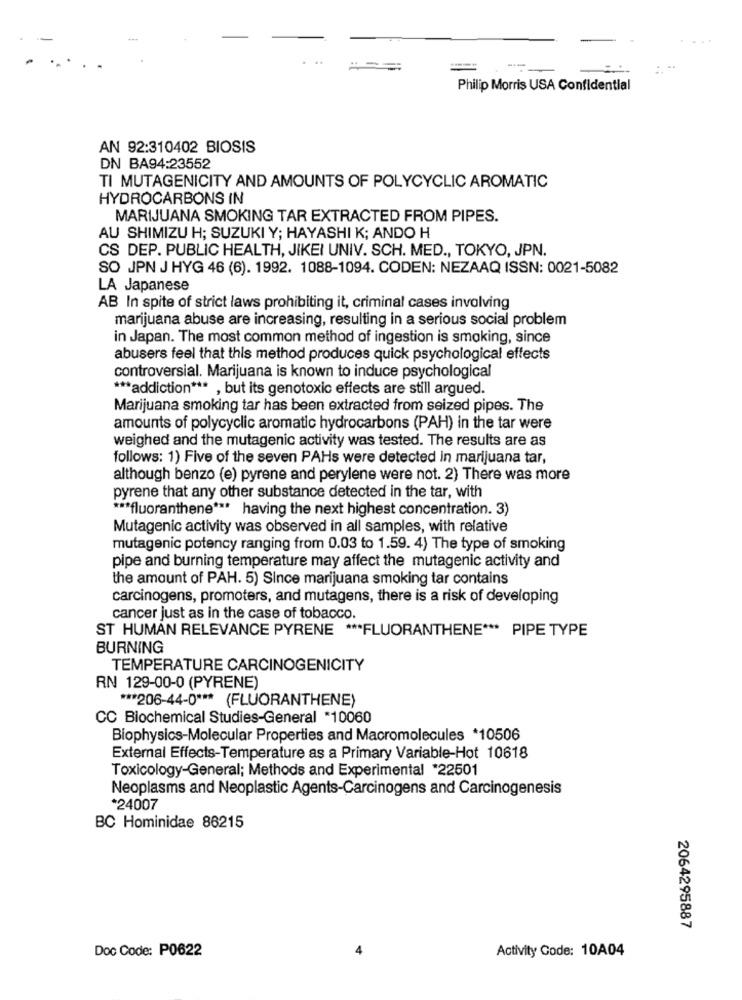
===
----
-
Philip Morris USA Confidential
AN 92:310402 BIOSIS
DN BA94:23552
TI MUTAGENICITY AND AMOUNTS OF POLYCYCLIC AROMATIC
HYDROCARBONS IN
MARIJUANA SMOKING TAR EXTRACTED FROM PIPES.
AU SHIMIZU H; SUZUKI Y; HAYASHI K; ANDO H
CS DEP. PUBLIC HEALTH, JIKEI UNIV. SCH. MED ., TOKYO, JPN.
SO JPN J HYG 46 (6). 1992. 1088-1094. CODEN: NEZAAQ ISSN: 0021-5082
LA Japanese
AB In spite of strict laws prohibiting it, criminal cases involving
marijuana abuse are increasing, resulting in a serious social problem
in Japan. The most common method of ingestion is smoking, since
abusers feel that this method produces quick psychological effects
controversial. Marijuana is known to induce psychological
*** addiction *** , but its genotoxic effects are still argued.
Marijuana smoking tar has been extracted from seized pipes. The
amounts of polycyclic aromatic hydrocarbons (PAH) in the tar were
weighed and the mutagenic activity was tested. The results are as
follows: 1) Five of the seven PAHs were detected in marijuana tar,
although benzo (e) pyrene and perylene were not. 2) There was more
pyrene that any other substance detected in the tar, with
*** fluoranthene *** having the next highest concentration. 3)
Mutagenic activity was observed in all samples, with relative
mutagenic potency ranging from 0.03 to 1.59. 4) The type of smoking
pipe and burning temperature may affect the mutagenic activity and
the amount of PAH. 5) Since marijuana smoking tar contains
carcinogens, promoters, and mutagens, there is a risk of developing
cancer just as in the case of tobacco.
ST HUMAN RELEVANCE PYRENE *** FLUORANTHENE *** PIPE TYPE
BURNING
TEMPERATURE CARCINOGENICITY
RN 129-00-0 (PYRENE)
*** 206-44-0 *** (FLUORANTHENE)
CC Biochemical Studies-General *10060
Biophysics-Molecular Properties and Macromolecules *10506
External Effects-Temperature as a Primary Variable-Hot 10618
Toxicology-General; Methods and Experimental *22501
Neoplasms and Neoplastic Agents-Carcinogens and Carcinogenesis
*24007
BC Hominidae 86215
2064295887
Doc Code: P0622
Activity Code: 10A04